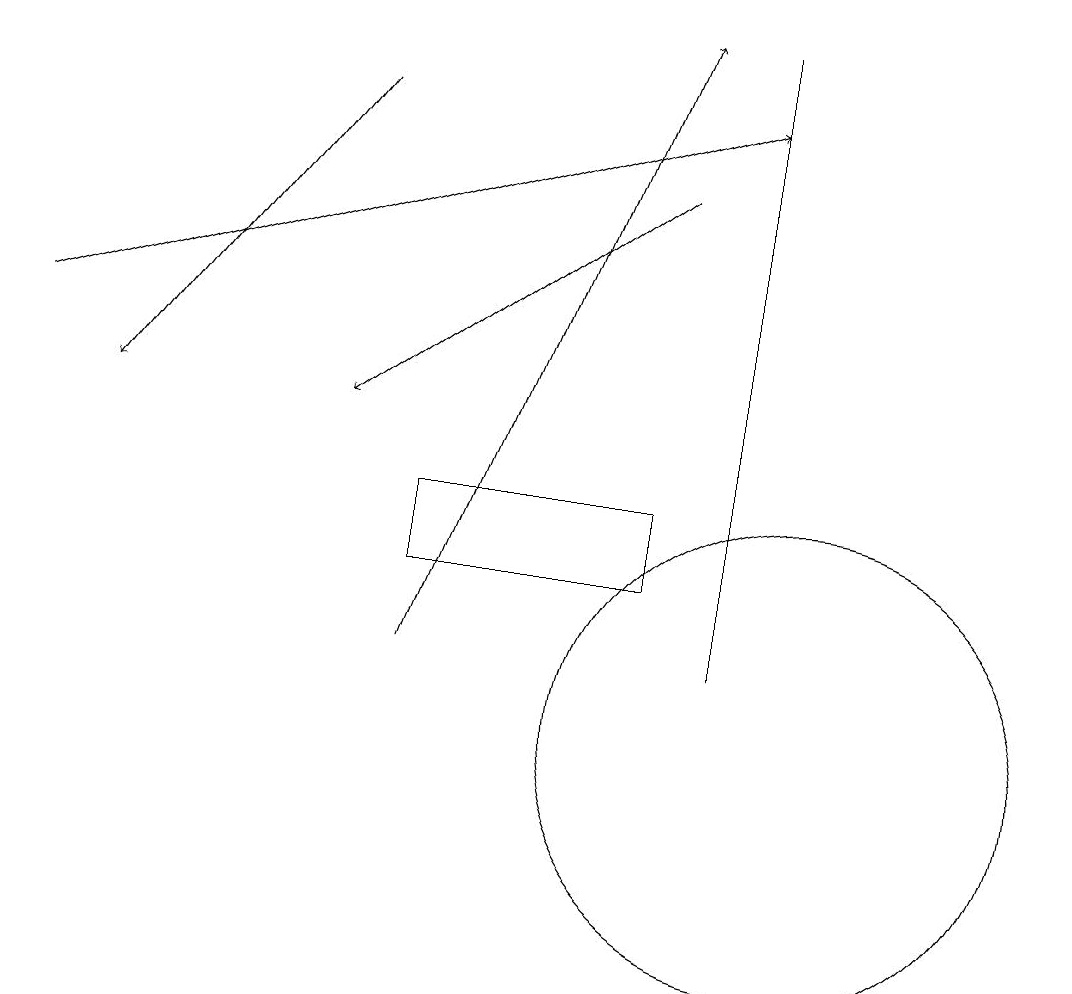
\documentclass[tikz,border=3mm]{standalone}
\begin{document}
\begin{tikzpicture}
\draw (8,12) rectangle (5,13);
\draw[->] (5,11) -- (8,19);
\draw[->] (4,18) -- (1,14);
\draw[->] (8,17) -- (4,14);
\draw (9,11) rectangle (9,19);
\draw (10,10) circle (3);
\draw[->] (0,15) -- (9,18);
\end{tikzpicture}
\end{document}